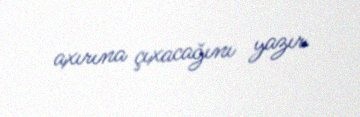
axırına çıxacağını yazır.